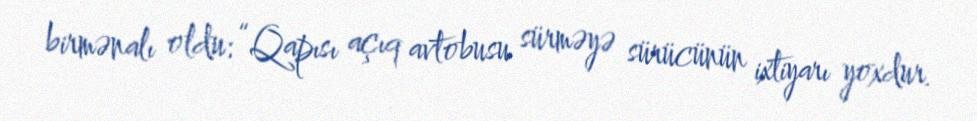
birmənalı oldu: “Qapısı açıq avtobusu sürməyə sürücünün ixtiyarı yoxdur.